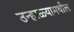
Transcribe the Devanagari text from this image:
उन्हाळ्यामधील